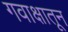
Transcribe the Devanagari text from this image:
गवाक्षातून